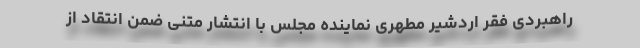
راهبردی فقر اردشیر مطهری نماینده مجلس با انتشار متنی ضمن انتقاد از